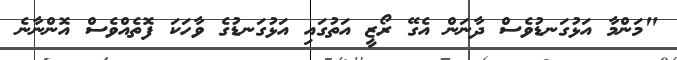
"މަންމާ އަޅުގަނޑުވެސް ދާނަން އެގޭ ރޯޒީ އަތުގައި އަޅުގަނޑުގެ ވާހަކަ ފޮތެއްވެސް އޮންނާނެ